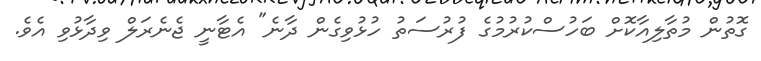
ގޮތުން މުތާލިއާކޮށް ބަހުސްކުރުމުގެ ފުރުސަތު ހުޅުވިގެން ދާނެ" އެޓާނީ ޖެނެރަލް ވިދާޅުވި އެވެ.